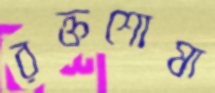
রক্তশোষা